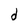
Character: d